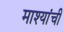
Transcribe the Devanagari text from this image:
माश्यांची